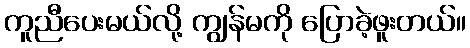
ကူညီပေးမယ်လို့ ကျွန်မကို ပြောခဲ့ဖူးတယ်။